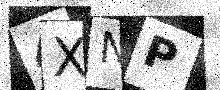
Text: 4XNP